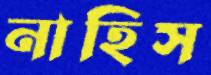
নাহিস